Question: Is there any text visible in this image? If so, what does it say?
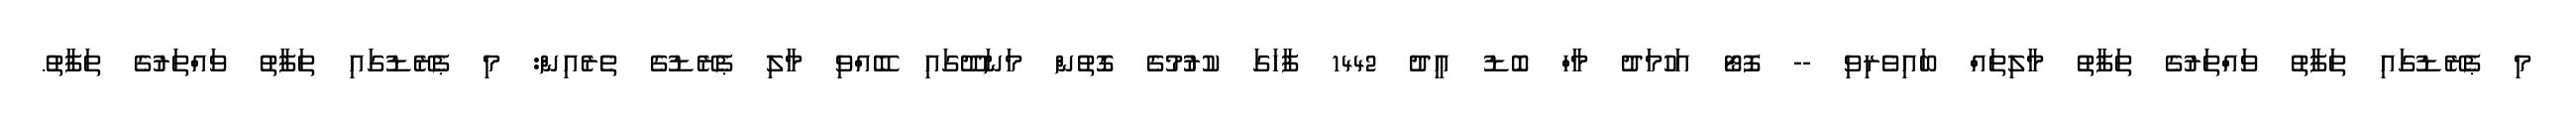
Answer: މި ޕެރޭޑުގައި ތަފާތު ވައްތަރުގެ ތަފާތު މާލިތައް ބައިވެރިވި -- ފޮޓޯ އަހުމަދު މާހް ބޮޑު އީދު 1442 ފާހަގަ ކުރުުމުގެ ގޮތުން މަނަދޫގައި ބޭއްވި މާލި ޕެރޭޑުގެ ތެރެއިން: މި ޕެރޭޑުގައި ތަފާތު ވައްތަރުގެ ތަފާތު.